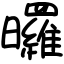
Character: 曪